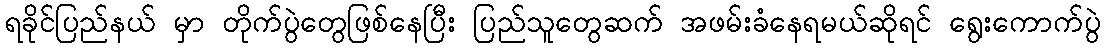
ရခိုင်ပြည်နယ် မှာ တိုက်ပွဲတွေဖြစ်နေပြီး ပြည်သူတွေဆက် အဖမ်းခံနေရမယ်ဆိုရင် ရွေးကောက်ပွဲ